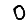
Digit: 0